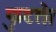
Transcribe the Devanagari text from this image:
फुटते।